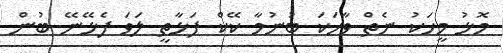
މޮޅު މީހަކު ނެތް ވާހަކަ ބުނުމާ ކޭކް ފަޅާތީ ލަވަ ފެޅޭނޭ ބުން